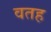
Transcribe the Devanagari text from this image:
वतह